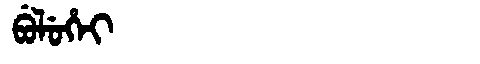
Manchu: ᠪᡠᠯᡠᡥᡝᡳ
Romanization: BULUHEI